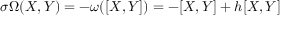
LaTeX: \sigma \Omega ( X , Y ) = - \omega ( [ X , Y ] ) = - [ X , Y ] + h [ X , Y ]